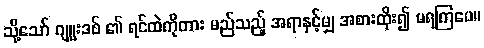
သို့သော် ဂျူးဒစ် ၏ ရင်ထဲကိုကား မည်သည့် အရာနှင့်မျှ အစားထိုး၍ မရကြပေ။